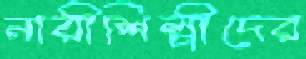
নারীশিল্পীদের